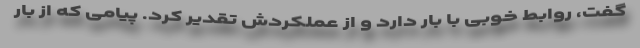
گفت، روابط خوبی با بار دارد و از عملکردش تقدیر کرد. پیامی که از بار